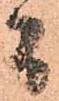
間